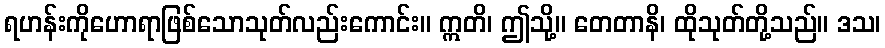
ရဟန်းကိုဟောရာဖြစ်သောသုတ်လည်းကောင်း။ ဣတိ၊ ဤသို့။ တေတာနိ၊ ထိုသုတ်တို့သည်။ ဒသ၊